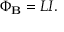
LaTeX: \Phi _ { \mathbf { B } } = L I .